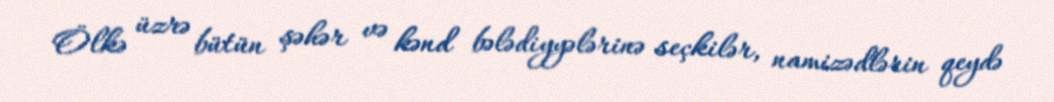
Ölkə üzrə bütün şəhər və kənd bələdiyyələrinə seçkilər, namizədlərin qeydə